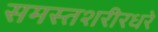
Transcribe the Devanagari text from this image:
समस्तशरीरधरे